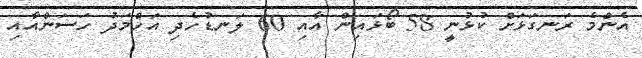
އެންމެ ރަނގަޅަށް ކުޅުނީ 58 ބޯޅައިން އާއި 60 ލަނޑުހެދި އަހްމަދު ހަސަންއާއި